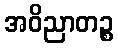
အဝိညာတဉ္စ